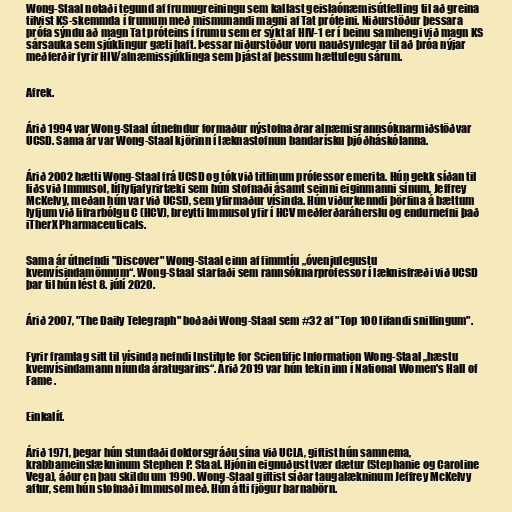
Wong-Staal notaði tegund af frumugreiningu sem kallast geislaónæmisútfelling til að greina
tilvist KS-skemmda í frumum með mismunandi magni af Tat próteini. Niðurstöður þessara
prófa sýndu að magn Tat próteins í frumu sem er sýkt af HIV-1 er í beinu samhengi við magn KS
sársauka sem sjúklingur gæti haft. Þessar niðurstöður voru nauðsynlegar til að þróa nýjar
meðferðir fyrir HIV/alnæmissjúklinga sem þjást af þessum hættulegu sárum.

Afrek.

Árið 1994 var Wong-Staal útnefndur formaður nýstofnaðrar alnæmisrannsóknarmiðstöðvar
UCSD. Sama ár var Wong-Staal kjörinn í læknastofnun bandarísku þjóðháskólanna.

Árið 2002 hætti Wong-Staal frá UCSD og tók við titlinum prófessor emerita. Hún gekk síðan til
liðs við Immusol, líflyfjafyrirtæki sem hún stofnaði ásamt seinni eiginmanni sínum, Jeffrey
McKelvy, meðan hún var við UCSD, sem yfirmaður vísinda. Hún viðurkenndi þörfina á bættum
lyfjum við lifrarbólgu C (HCV), breytti Immusol yfir í HCV meðferðaráherslu og endurnefni það
iTherX Pharmaceuticals.

Sama ár útnefndi "Discover" Wong-Staal einn af fimmtíu „óvenjulegustu
kvenvísindamönnum“. Wong-Staal starfaði sem rannsóknarprófessor í læknisfræði við UCSD
þar til hún lést 8. júlí 2020.

Árið 2007, "The Daily Telegraph" boðaði Wong-Staal sem #32 af "Top 100 lifandi snillingum".

Fyrir framlag sitt til vísinda nefndi Institute for Scientific Information Wong-Staal „hæstu
kvenvísindamann níunda áratugarins“. Árið 2019 var hún tekin inn í National Women's Hall of
Fame .

Einkalíf.

Árið 1971, þegar hún stundaði doktorsgráðu sína við UCLA, giftist hún samnema,
krabbameinslækninum Stephen P. Staal. Hjónin eignuðust tvær dætur (Stephanie og Caroline
Vega), áður en þau skildu um 1990. Wong-Staal giftist síðar taugalækninum Jeffrey McKelvy
aftur, sem hún stofnaði Immusol með. Hún átti fjögur barnabörn.